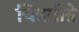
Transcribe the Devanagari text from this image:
चित्रगीते